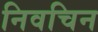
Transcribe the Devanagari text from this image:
निवचिन